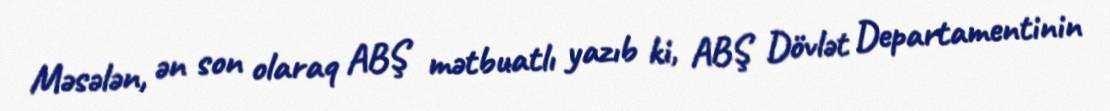
Məsələn, ən son olaraq ABŞ mətbuatlı yazıb ki, ABŞ Dövlət Departamentinin